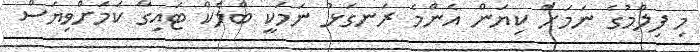
މި ފިލްމުގެ ނަމަށް ކިޔަން އެންމެ ރަނގަޅު ނަމަކީ ބްލެކް ޓައިގާ ކަމަށްވިޔަސް